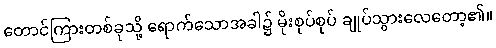
တောင်ကြားတစ်ခုသို့ ရောက်သောအခါ၌ မိုးစုပ်စုပ် ချုပ်သွားလေတော့၏။